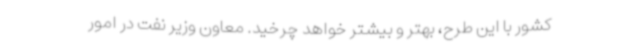
کشور با این طرح، بهتر و بیشتر خواهد چرخید. معاون وزیر نفت در امور